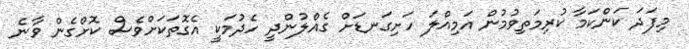
މިފަދަ ކަންކަމާ ކުރިމަތިވުމުން އަމިއްލަ ހަށިގަނޑަށް ގެއްލުންދީ ހެދުމަކީ އެގޮތަކަށްވެސް ކޮށްގެން ވާނެ